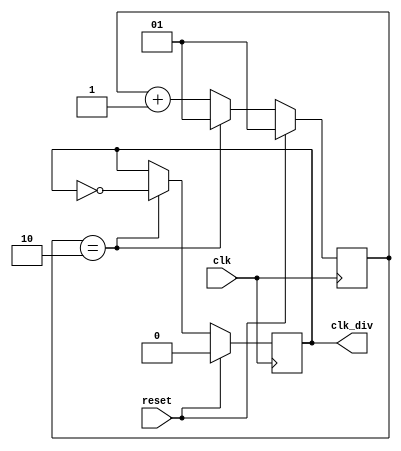
module clk_div_2n #(
    parameter div = 2,
    parameter capacity = $clog2(div) + 1
) (
    input clk, reset,

    output reg clk_div
);

reg [capacity - 1:0] counter;

always @(posedge clk) begin
    counter <= counter + 1;

    if (reset) begin
        counter <= 1;
        clk_div <= 0;
    end else if (counter == div) begin
        counter <= 1;
        clk_div <= ~clk_div;
    end
end

endmodule